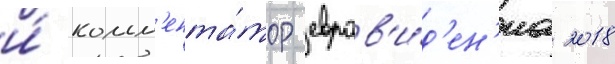
и́ комм'ента́тор евров'и́д'ен'иа 2018